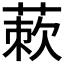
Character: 𬝜